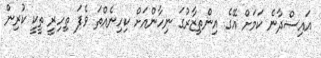
އައިސްދާނެ ކަމަށް އޭގެ އިންތިޒާރުގަ ނިހާންއަށް ކިހިނެއްތަ ވެފަ ތިހިރީ ތީކީ ކުރިން